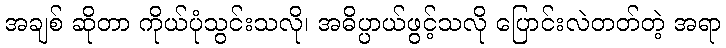
အချစ် ဆိုတာ ကိုယ်ပုံသွင်းသလို၊ အဓိပ္ပာယ်ဖွင့်သလို ပြောင်းလဲတတ်တဲ့ အရာ